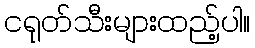
ငရုတ်သီးများထည့်ပါ။